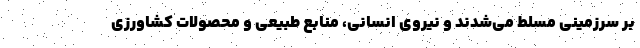
بر سرزمینی مسلط می‌شدند و نیروی انسانی، منابع طبیعی و محصولات کشاورزی